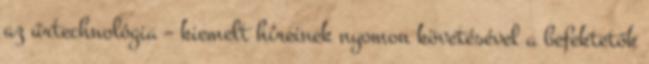
az űrtechnológia – kiemelt híreinek nyomon követésével a befektetők